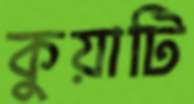
কুয়াটি